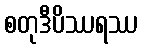
စတုဒီပိဿရဿ